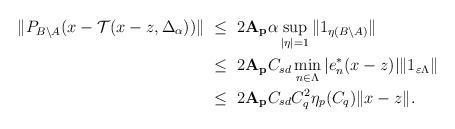
LaTeX: \begin{align*}\| P_{B\setminus A}(x-\mathcal{T}(x-z,\Delta_\alpha))\| &\ \le\ 2\mathbf{A_p}\alpha \sup_{|\eta|=1}\| 1_{\eta (B\setminus A)}\|\\&\ \le\ 2\mathbf{A_p}C_{sd}\min_{n\in \Lambda}| e_n^*(x-z)| \| 1_{\varepsilon \Lambda}\|\\&\ \le\ 2\mathbf{A_p}C_{sd}C_{q}^2\eta_p(C_{q})\| x-z\|.\end{align*}